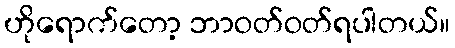
ဟိုရောက်တော့ ဘာဝတ်ဝတ်ရပါတယ်။